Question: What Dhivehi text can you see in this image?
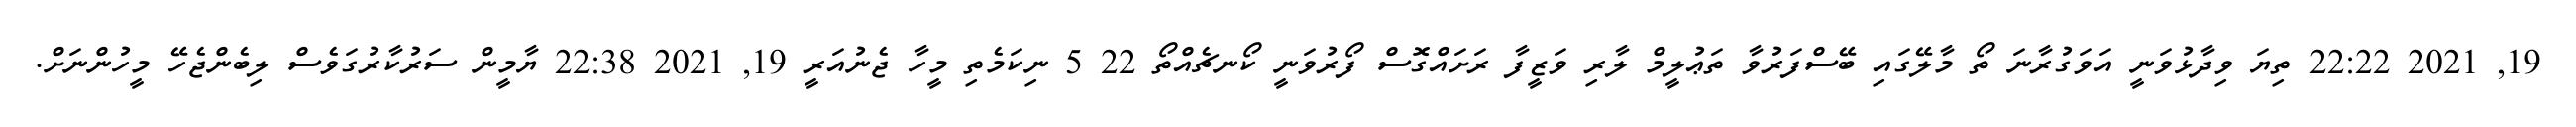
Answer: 19, 2021 22:22 ތިޔަ ވިދާޅުވަނީ އަވަގުރާނަ ތޯ މާލޭގައި ބޭސްފަރުވާ ތަޢުލީމް ލާރި ވަޒީފާ ރަށައްގޮސް ފޯރުވަނީ ކޯނޗެއްތޯ 22 5 ނިކަމެތި މީހާ ޖެނުއަރީ 19, 2021 22:38 ޔާމީން ސަރުކާރުގަވެސް ލިބެންޖެހޭ މީހުންނަށް.